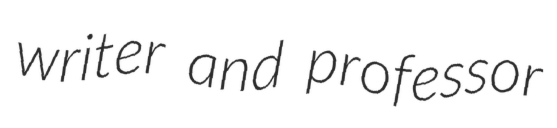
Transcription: writer and professor